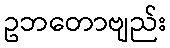
ဥဘတောဗျည်း